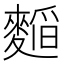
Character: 𮭾